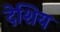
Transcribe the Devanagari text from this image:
देशिय